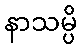
နာသမ္ပိ